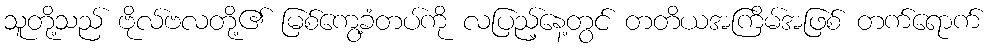
သူတို့သည် ဗိုလ်ဗလတို့၏ မြစ်ကွေ့ခံတပ်ကို လပြည့်နေ့တွင် တတိယအကြိမ်အဖြစ် တက်ရောက်